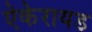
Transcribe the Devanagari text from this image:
ऐकेरायड